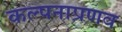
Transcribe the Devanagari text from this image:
कल्पनाप्रणव